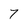
Character: 7